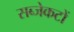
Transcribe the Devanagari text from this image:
सब्जेकटों